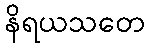
နိရယသတေ